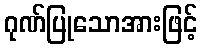
ဂုဏ်ပြုသောအားဖြင့်